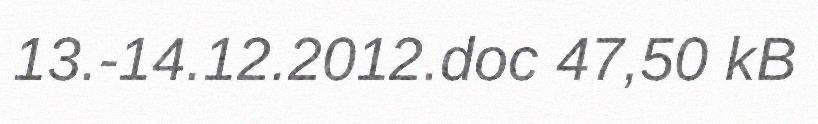
13.-14.12.2012.doc 47,50 kB